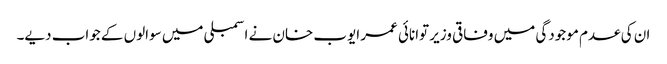
ان کی عدم موجودگی میں وفاقی وزیر توانائی عمر ایوب خان نے اسمبلی میں سوالوں کے جواب دیے۔